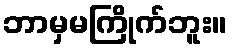
ဘာမှမကြိုက်ဘူး။